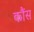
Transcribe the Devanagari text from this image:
कौंस